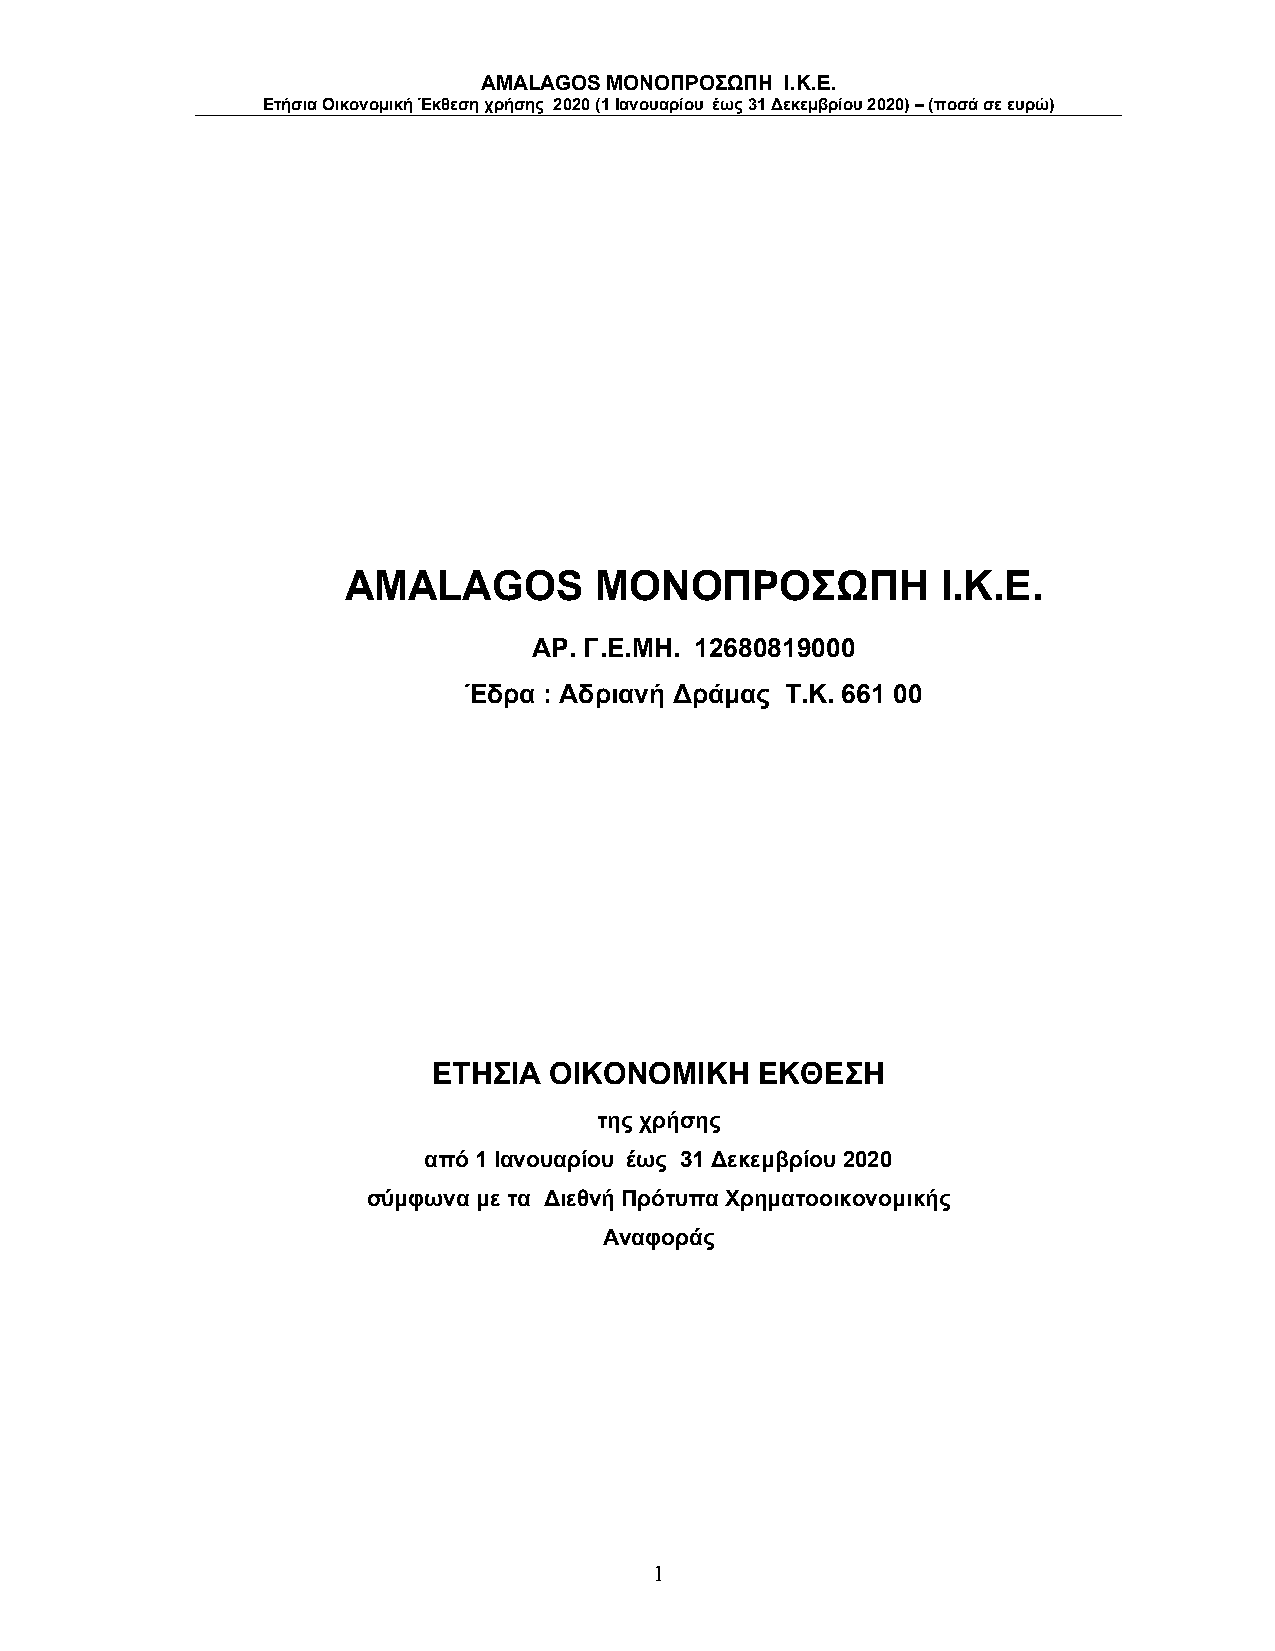
AMALAGOS ΜΟΝΟΠΡΟΣΩΠΗ I.K.E.
 Ετήσια Οικονομική Έκθεση χρήσης 2020 (1 Ιανουαρίου έως 31 Δεκεμβρίου 2020) – (ποσά σε ευρώ)
 AMALAGOS        ΜΟΝΟΠΡΟΣΩΠΗ            I.K.E.
 ΑΡ. Γ.Ε.ΜΗ. 12680819000
 Έδρα : Αδριανή Δράμας Τ.Κ. 661 00
 ΕΤΗΣΙΑ ΟΙΚΟΝΟΜΙΚΗ    ΕΚΘΕΣΗ
 της χρήσης
 από 1 Ιανουαρίου έως 31 Δεκεμβρίου 2020
 σύμφωνα με τα Διεθνή Πρότυπα Χρηματοοικονομικής
 Αναφοράς
 1